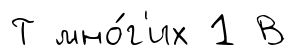
Т мно́г'их 1 В